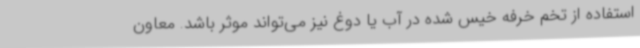
استفاده از تخم خرفه خیس شده در آب یا دوغ نیز می‌تواند موثر باشد. معاون